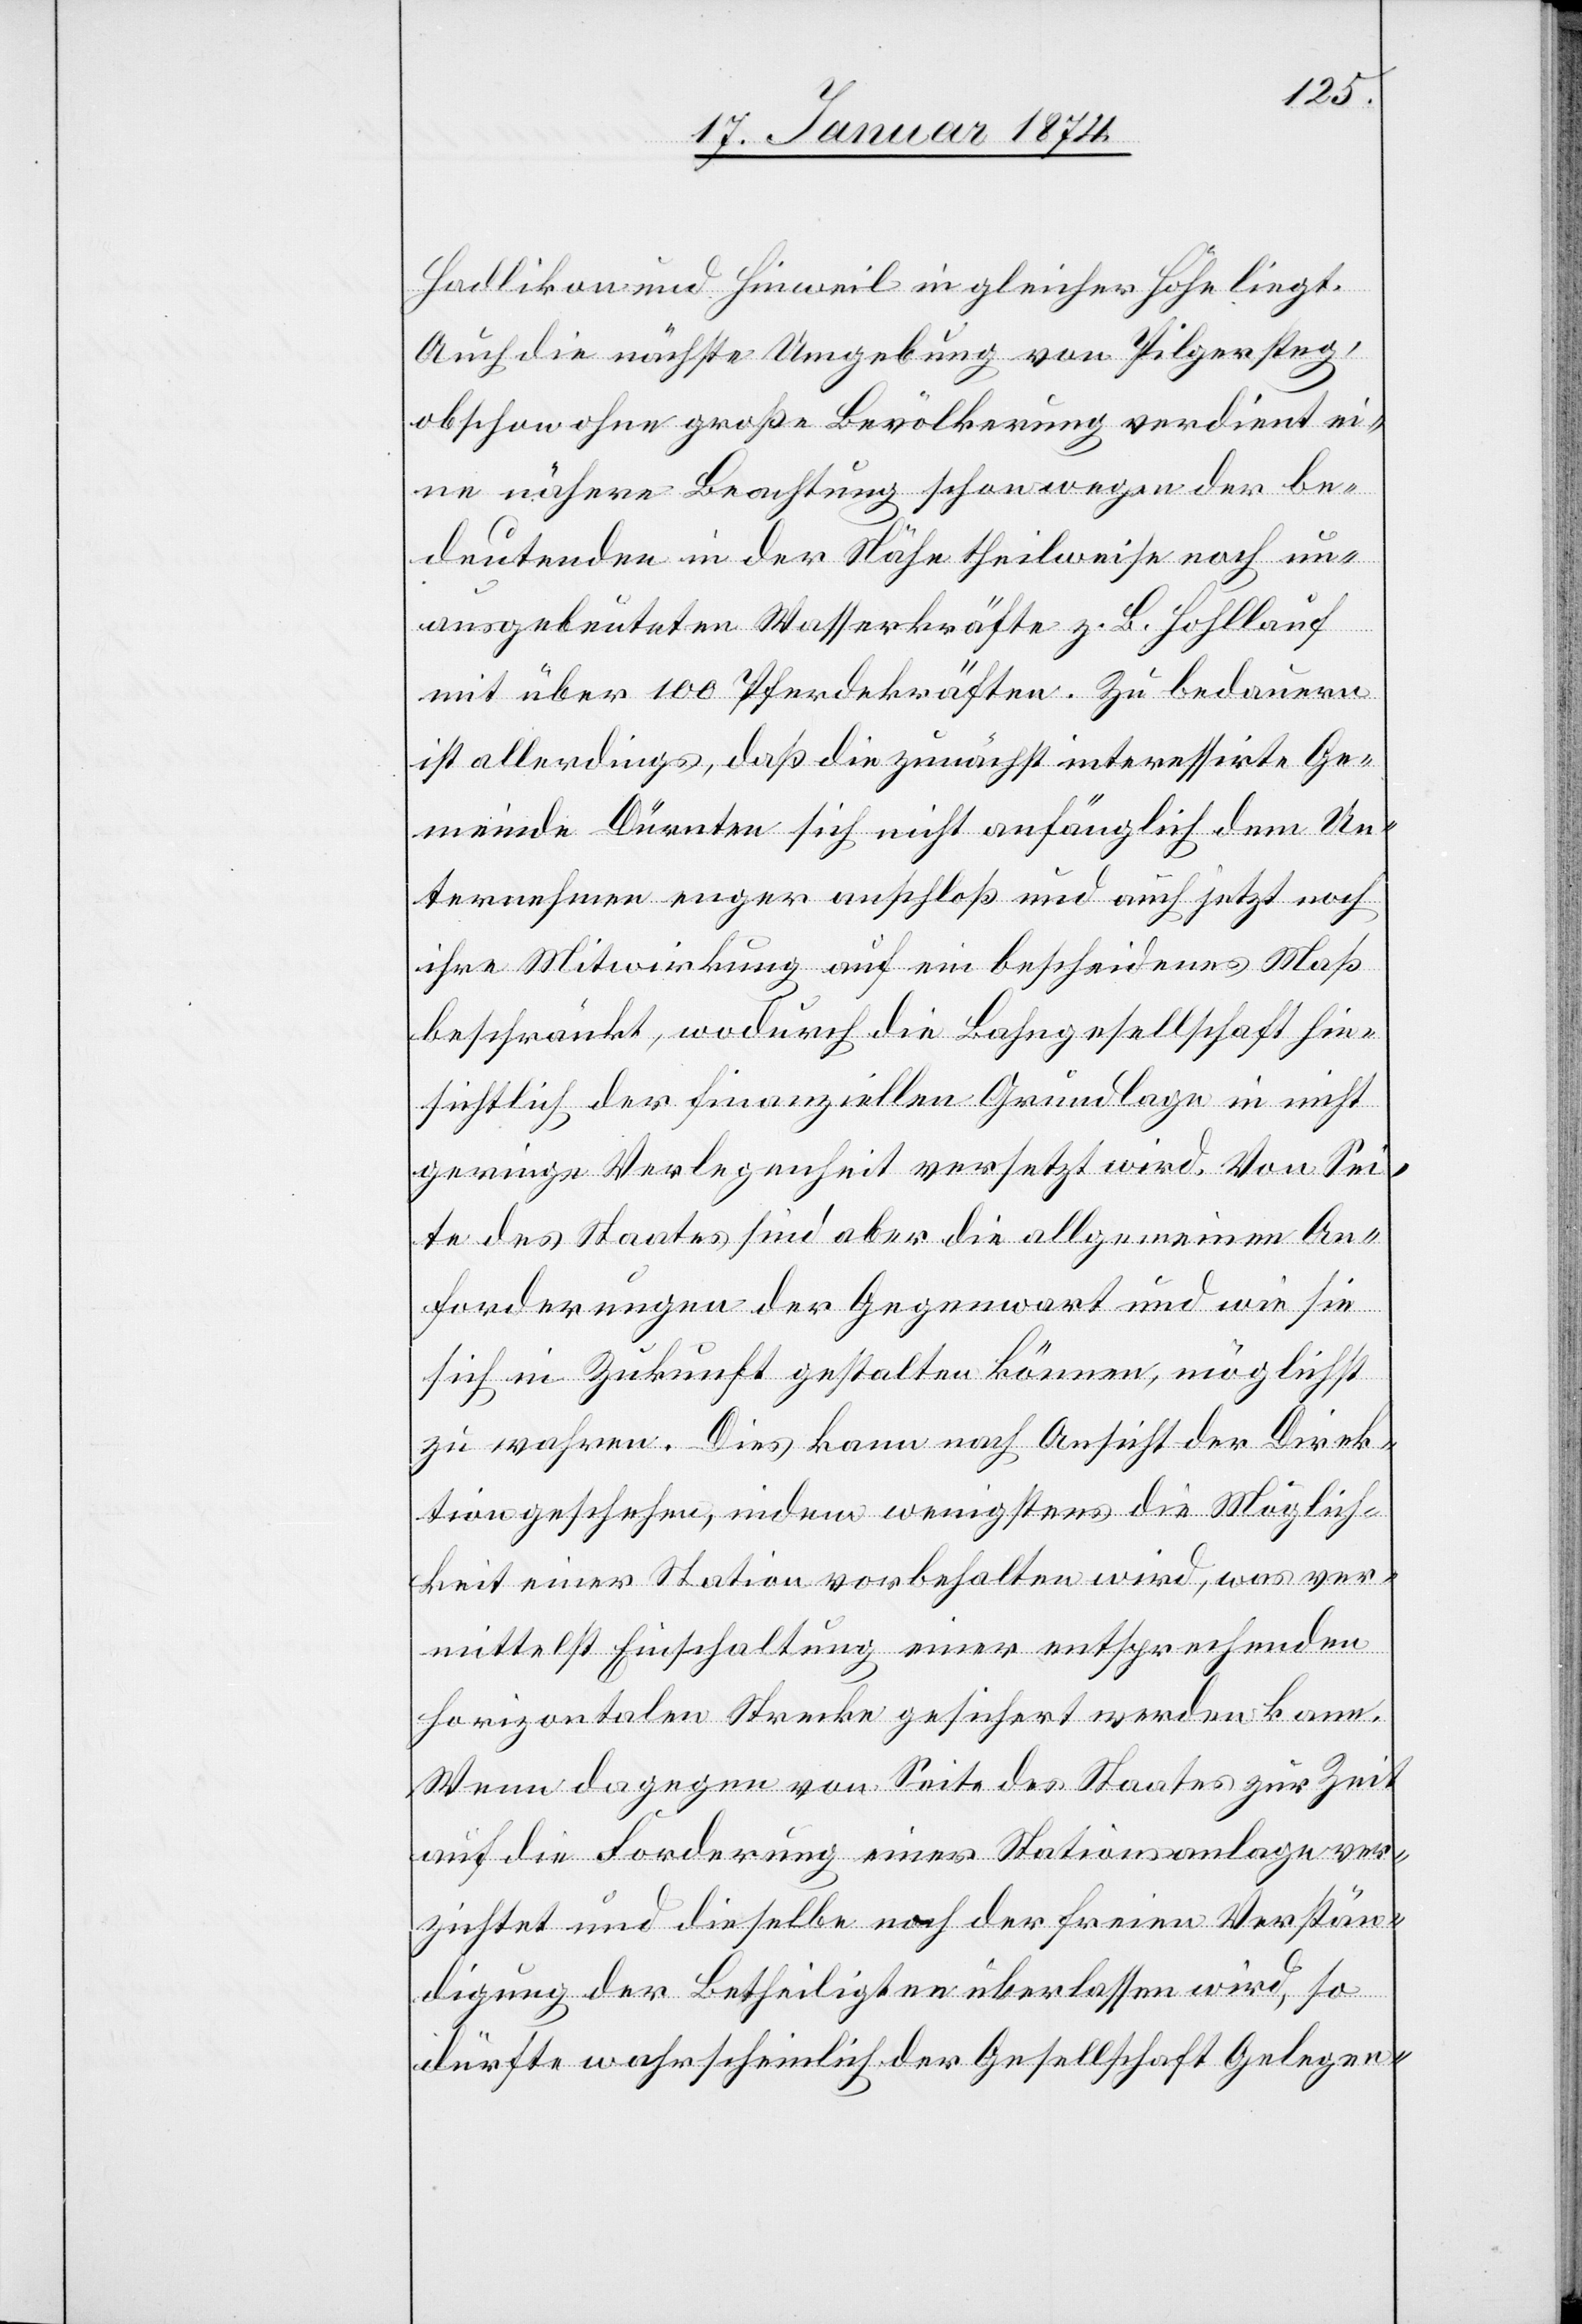
Hadlikon und Hinweil in gleicher Höhe liegt.
Auch die nächste Umgebung von Pilgersteg,
obschon ohne große Bevölkerung verdient ei¬
ne nähere Beachtung schon wegen der be¬
deutenden in der Nähe theilweise noch un¬
ausgebeuteten Wasserkräfte z. B. Hohlauf
mit über 100 Pferdekräften. Zu bedauern
ist allerdings, daß die zunächst interessirte Ge¬
meinde Dürnten sich nicht anfänglich dem Un¬
ternehmen enger anschloß und auch jetzt noch
ihre Mitwirkung auf ein bescheidenes Maß
beschränkt, wodurch die Bahngesellschaft hin¬
sichtlich der finanziellen Grundlage in nicht
geringe Verlegenheit versetzt wird. Von Sei¬
te des Staates sind aber die allgemeinen An¬
forderungen der Gegenwart und wie sie
sich in Zukunft gestalten können, möglichst
zu wahren. Dies kann nach Ansicht der Direk¬
tion geschehen, indem wenigstens die Möglich¬
keit einer Station vorbehalten wird, was ver¬
mittelst Einschaltung einer entsprechenden
horizontalen Strecke gesichert werden kann.
Wenn dagegen von Seite des Staates zur Zeit
auf die Forderung einer Stationsanlage ver¬
zichtet und dieselbe nach der freien Verstän¬
digung der Betheiligten überlassen wird, so
dürfte wahrscheinlich der Gesellschaft Gelegen-